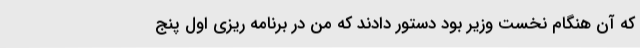
که آن هنگام نخست وزیر بود دستور دادند که من در برنامه ریزی اول پنج